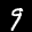
Label: 9